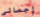
إجمالي